system: You are a helpful assistant.
user:
Analyze the provided spectrum to determine if it is a **"Cataclysmic Variables (CV)"**.

- **Key Indicators for CV (Check for either state):**
    - **State 1: Quiescent / Low-State (Emission-Dominated)**
        - **(Primary):** Strong and *very broad* Hydrogen Balmer emission lines (e.g., $H\alpha$ at 6563 Å, $H\beta$ at 4861 Å). The 'broadness' (high velocity dispersion, often FWHM > 1000 km/s) is the key diagnostic, indicating a high-velocity accretion disk.
        - **(Secondary):** Broad neutral Helium (He I) emission lines (e.g., 5876 Å, 6678 Å).
        - **(Key Confirmation):** Presence of high-excitation *ionized* Helium (He II) emission at 4686 Å. This is a strong indicator of accretion onto a white dwarf.
        - **(Line Profile):** Emission lines may exhibit a 'double-peaked' profile, which is a classic signature of a rotating accretion disk viewed at high inclination.

    - **State 2: Outburst / High-State (Absorption-Dominated)**
        - **(Primary):** Spectrum is dominated by a bright, blue continuum (looks like a hot star).
        - **(Secondary):** The emission lines from State 1 are weak, absent, or 'filled in', and are replaced by broad, shallow *absorption* lines (primarily Balmer and He I).
        - **(Morphology):** The overall spectrum mimics a hot B/A-type star. The crucial difference is that the absorption lines are significantly broader, shallower, and more 'washed-out' (or 'smeared') than the sharp lines of a normal stellar photosphere, due to high rotational speeds and pressure broadening in the disk.

Think first, call **spectral_visualization_tool** if needed to examine features in detail, then provide your final answer. Your response must adhere to the following strict rules:
1.  **Overall Structure:** Your response must follow the format `<think>...</think> <tool_call>...</tool_call> (if a tool is used) <answer>...</answer>`.
2.  **Tool Usage Constraint:** You may only make **one** tool call per turn.
3.  **Final Answer Format:** In the `<answer>` tag, your conclusion must be inside a `\boxed{}` command (e.g., `\boxed{YES}`), followed by your justification.

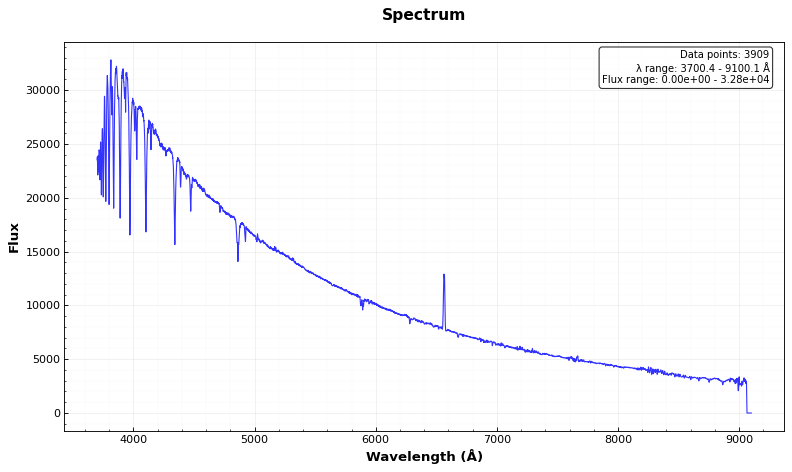
Answer: NO